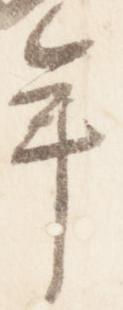
年